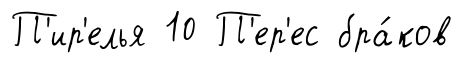
П'ир'елья 10 П'ер'ес бра́ков